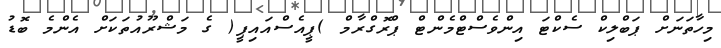
މިހާތަނަށް ޕަބްލިކް ސެކްޓަ އިންވެސްޓްމެންޓް ޕްރޮގްރާމް )ޕީއެސްއައިޕީ( ގެ މަޝްރޫއުތަކަށް އެންމެ ބޮޑު